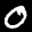
Label: 0